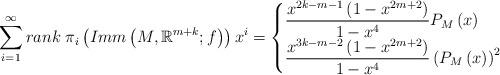
LaTeX: \begin{align*} \sum_{i=1}^{\infty}rank\;\pi_i\left( Imm\left(M,\mathbb{R}^{m+k};f\right)\right)x^i = \begin{cases} \begin{aligned}& \frac{x^{2k-m-1}\left(1-x^{2m+2}\right)}{1-x^4}P_M\left(x\right) &&&\\ &\frac{x^{3k-m-2}\left(1-x^{2m+2}\right)}{1-x^4}\left(P_M\left(x\right)\right)^2& && \end{aligned} \end{cases} \end{align*}